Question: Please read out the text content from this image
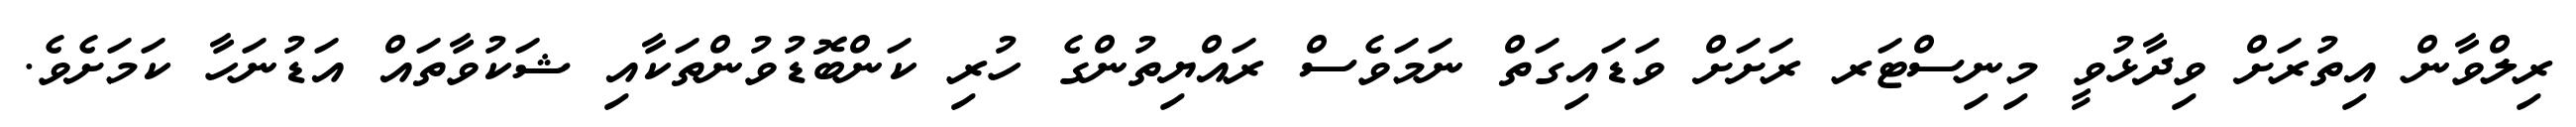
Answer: ރިލްވާން އިތުރަށް ވިދާޅުވީ މިނިސްޓަރ ރަށަށް ވަޑައިގަތް ނަމަވެސް ރައްޔިތުންގެ ހުރި ކަންބޮޑުވުންތަކާއި ޝަކުވާތައް އަޑުނަހާ ކަމަށެވެ.